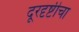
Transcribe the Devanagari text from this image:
दूरदृष्टीचा